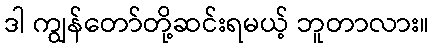
ဒါ ကျွန်တော်တို့ဆင်းရမယ့် ဘူတာလား။